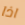
اذا